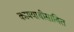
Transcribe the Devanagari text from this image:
कामयाबीसाबित